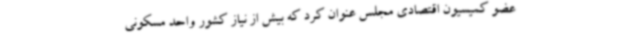
عضو کمیسیون اقتصادی مجلس عنوان کرد که بیش از نیاز کشور واحد مسکونی